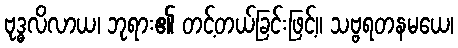
ဗုဒ္ဓလိလာယ၊ ဘုရား၏ တင့်တယ်ခြင်းဖြင့်။ သဗ္ဗရတနမယေ၊